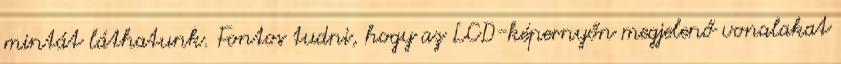
mintát láthatunk. Fontos tudni, hogy az LCD-képernyőn megjelenő vonalakat